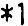
*1